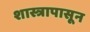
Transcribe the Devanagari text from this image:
शास्त्रापासून